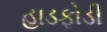
હાડફોડી